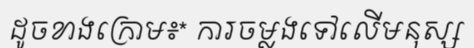
ដូចខាងក្រោម៖* ការចម្លងទៅលើមនុស្ស